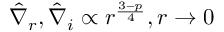
\hat { \nabla } _ { r } , \hat { \nabla } _ { i } \propto r ^ { \frac { 3 - p } { 4 } } , r \rightarrow 0